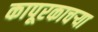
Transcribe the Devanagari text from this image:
कापूरकाचऱ्या